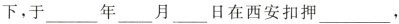
下，于___年___月___日在西安扣押___.